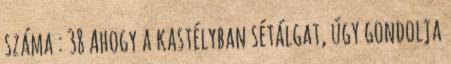
száma : 38 Ahogy a kastélyban sétálgat, úgy gondolja